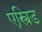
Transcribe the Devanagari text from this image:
एस्त्रिड